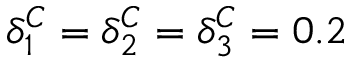
\delta _ { 1 } ^ { C } = \delta _ { 2 } ^ { C } = \delta _ { 3 } ^ { C } = 0 . 2